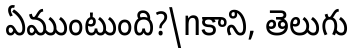
ఏముంటుంది?\nకాని, తెలుగు